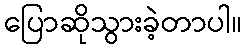
ပြောဆိုသွားခဲ့တာပါ။